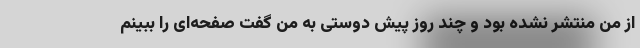
از من منتشر نشده بود و چند روز پیش دوستی به من گفت صفحه‌ای را ببینم